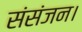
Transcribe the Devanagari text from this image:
संसंजन।